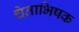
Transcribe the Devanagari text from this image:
चेताभिषक